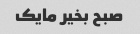
صبح بخیر مایک